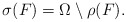
\begin{align*}\sigma(F) = \Omega \setminus \rho(F).\end{align*}